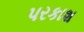
પરકાશ